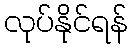
လုပ်နိုင်ရန်